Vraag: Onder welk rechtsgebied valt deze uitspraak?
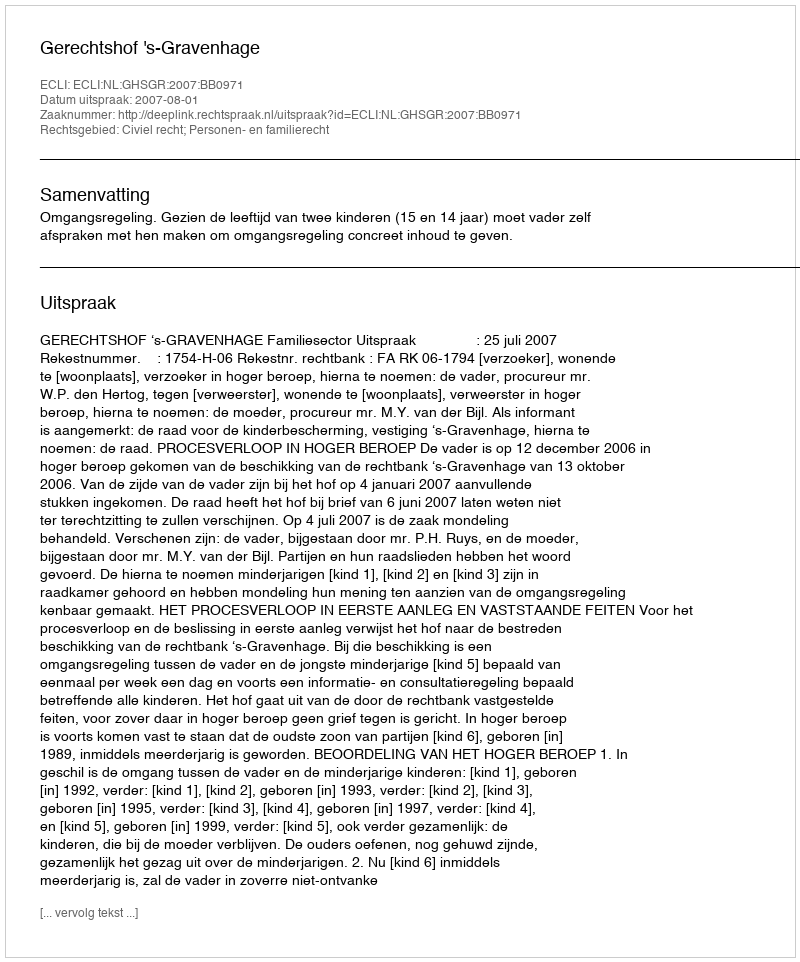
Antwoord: Civiel recht; Personen- en familierecht